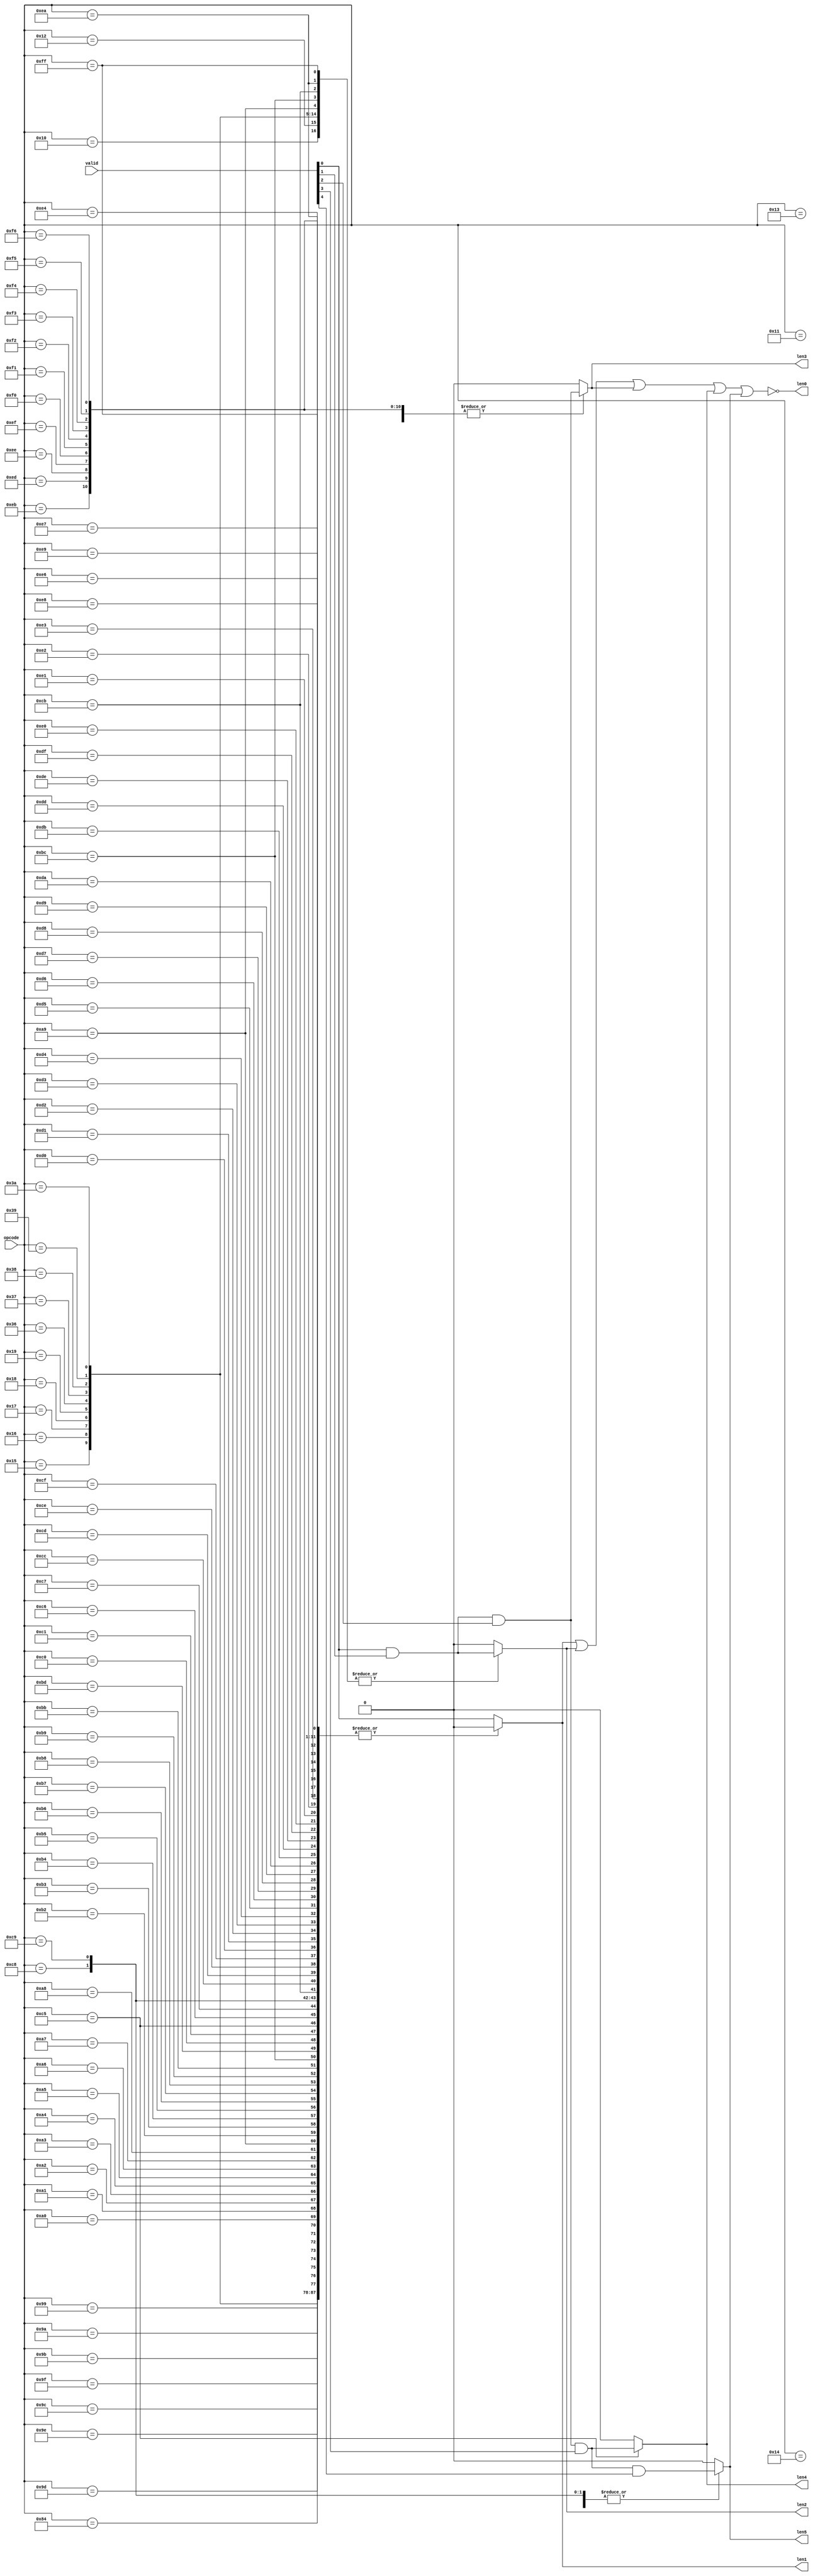
/****************************************************************
 ---------------------------------------------------------------
     Copyright 1999 Sun Microsystems, Inc., 901 San Antonio
     Road, Palo Alto, CA 94303, U.S.A.  All Rights Reserved.
     The contents of this file are subject to the current
     version of the Sun Community Source License, picoJava-II
     Core ("the License").  You may not use this file except
     in compliance with the License.  You may obtain a copy
     of the License by searching for "Sun Community Source
     License" on the World Wide Web at http://www.sun.com.
     See the License for the rights, obligations, and
     limitations governing use of the contents of this file.

     Sun, Sun Microsystems, the Sun logo, and all Sun-based
     trademarks and logos, Java, picoJava, and all Java-based
     trademarks and logos are trademarks or registered trademarks 
     of Sun Microsystems, Inc. in the United States and other
     countries.
 ----------------------------------------------------------------
******************************************************************/

module ex_len_dec (

opcode,
valid,
len0,
len1,
len2,
len3,
len4,
len5

);

input	[7:0]	opcode;
input	[4:0]	valid;
output		len0;
output		len1;
output		len2;
output		len3;
output		len4;
output		len5;

reg	len1,len2,len3,len4,len5;

always @(opcode or valid) begin

	len1 = 1'b0;
	len2 = 1'b0;
	len3 = 1'b0;
	len4 = 1'b0;
	len5 = 1'b0;

	case(opcode[7:0])

		8'd0:	len1 = valid[0];
		8'd1:	len1 = valid[0];
		8'd2:	len1 = valid[0];
		8'd3:	len1 = valid[0];
		8'd4:	len1 = valid[0];
		8'd5:	len1 = valid[0];
		8'd6:	len1 = valid[0];
		8'd7:	len1 = valid[0];
		8'd8:	len1 = valid[0];
		8'd9:	len1 = valid[0];
		8'd10:	len1 = valid[0];
		8'd11:	len1 = valid[0];
		8'd12:	len1 = valid[0];
		8'd13:	len1 = valid[0];
		8'd14:	len1 = valid[0];
		8'd15:	len1 = valid[0];
		8'd16:	len2 = valid[0] & valid[1];
		8'd17:	len3 = valid[0] & valid[1] & valid[2];
		8'd18:	len2 = valid[0] & valid[1];
		8'd19:	len3 = valid[0] & valid[1] & valid[2];
		8'd20:	len3 = valid[0] & valid[1] & valid[2];
		8'd21:	len2 = valid[0] & valid[1];
		8'd22:	len2 = valid[0] & valid[1];
		8'd23:	len2 = valid[0] & valid[1];
		8'd24:	len2 = valid[0] & valid[1];
		8'd25:	len2 = valid[0] & valid[1];
		8'd26:	len1 = valid[0];
		8'd27:	len1 = valid[0];
		8'd28:	len1 = valid[0];
		8'd29:	len1 = valid[0];
		8'd30:	len1 = valid[0];
		8'd31:	len1 = valid[0];
		8'd32:	len1 = valid[0];
		8'd33:	len1 = valid[0];
		8'd34:	len1 = valid[0];
		8'd35:	len1 = valid[0];
		8'd36:	len1 = valid[0];
		8'd37:	len1 = valid[0];
		8'd38:	len1 = valid[0];
		8'd39:	len1 = valid[0];
		8'd40:	len1 = valid[0];
		8'd41:	len1 = valid[0];
		8'd42:	len1 = valid[0];
		8'd43:	len1 = valid[0];
		8'd44:	len1 = valid[0];
		8'd45:	len1 = valid[0];
		8'd46:	len1 = valid[0];
		8'd47:	len1 = valid[0];
		8'd48:	len1 = valid[0];
		8'd49:	len1 = valid[0];
		8'd50:	len1 = valid[0];
		8'd51:	len1 = valid[0];
		8'd52:	len1 = valid[0];
		8'd53:	len1 = valid[0];
		
		8'd54:	len2 = valid[0] & valid[1];
		8'd55:	len2 = valid[0] & valid[1];
		8'd56:	len2 = valid[0] & valid[1];
		8'd57:	len2 = valid[0] & valid[1];
		8'd58:	len2 = valid[0] & valid[1];
		8'd59:	len1 = valid[0];
		8'd60:	len1 = valid[0];
		8'd61:	len1 = valid[0];
		8'd62:	len1 = valid[0];
		8'd63:	len1 = valid[0];
		8'd64:	len1 = valid[0];
		8'd65:	len1 = valid[0];
		8'd66:	len1 = valid[0];
		8'd67:	len1 = valid[0];
		8'd68:	len1 = valid[0];
		8'd69:	len1 = valid[0];
		8'd70:	len1 = valid[0];
		8'd71:	len1 = valid[0];
		8'd72:	len1 = valid[0];
		8'd73:	len1 = valid[0];
		8'd74:	len1 = valid[0];
		8'd75:	len1 = valid[0];
		8'd76:	len1 = valid[0];
		8'd77:	len1 = valid[0];
		8'd78:	len1 = valid[0];
		8'd79:	len1 = valid[0];
		8'd80:	len1 = valid[0];
		8'd81:	len1 = valid[0];
		8'd82:	len1 = valid[0];
		8'd83:	len1 = valid[0];
		8'd84:	len1 = valid[0];
		8'd85:	len1 = valid[0];
		8'd86:	len1 = valid[0];
		8'd87:	len1 = valid[0];
		8'd88:	len1 = valid[0];
		8'd89:	len1 = valid[0];
		8'd90:	len1 = valid[0];
		8'd91:	len1 = valid[0];
		8'd92:	len1 = valid[0];
		8'd93:	len1 = valid[0];
		8'd94:	len1 = valid[0];
		8'd95:	len1 = valid[0];
		8'd96:	len1 = valid[0];
		8'd97:	len1 = valid[0];
		8'd98:	len1 = valid[0];
		8'd99:	len1 = valid[0];
		8'd100:	len1 = valid[0];
		8'd101:	len1 = valid[0];
		8'd102:	len1 = valid[0];
		8'd103:	len1 = valid[0];
		8'd104:	len1 = valid[0];
		8'd105:	len1 = valid[0];
		8'd106:	len1 = valid[0];
		8'd107:	len1 = valid[0];
		8'd108:	len1 = valid[0];
		8'd109:	len1 = valid[0];
		8'd110:	len1 = valid[0];
		8'd111:	len1 = valid[0];
		8'd112:	len1 = valid[0];
		8'd113:	len1 = valid[0];
		8'd114:	len1 = valid[0];
		8'd115:	len1 = valid[0];
		8'd116:	len1 = valid[0];
		8'd117:	len1 = valid[0];
		8'd118:	len1 = valid[0];
		8'd119:	len1 = valid[0];
		8'd120:	len1 = valid[0];
		8'd121:	len1 = valid[0];
		8'd122:	len1 = valid[0];
		8'd123:	len1 = valid[0];
		8'd124:	len1 = valid[0];
		8'd125:	len1 = valid[0];
		8'd126:	len1 = valid[0];
		8'd127:	len1 = valid[0];
		8'd128:	len1 = valid[0];
		8'd129:	len1 = valid[0];
		8'd130:	len1 = valid[0];
		8'd131:	len1 = valid[0];
		8'd132:	len3 = valid[0] & valid[1] & valid[2];
		8'd133:	len1 = valid[0];
		8'd134:	len1 = valid[0];
		8'd135:	len1 = valid[0];
		8'd136:	len1 = valid[0];
		8'd137:	len1 = valid[0];
		8'd138:	len1 = valid[0];
		8'd139:	len1 = valid[0];
		8'd140:	len1 = valid[0];
		8'd141:	len1 = valid[0];
		8'd142:	len1 = valid[0];
		8'd143:	len1 = valid[0];
		8'd144:	len1 = valid[0];
		8'd145:	len1 = valid[0];
		8'd146:	len1 = valid[0];
		8'd147:	len1 = valid[0];
		8'd148:	len1 = valid[0];
		8'd149:	len1 = valid[0];
		8'd150:	len1 = valid[0];
		8'd151:	len1 = valid[0];
		8'd152:	len1 = valid[0];
		8'd153:	len3 = valid[0] & valid[1] & valid[2];
		8'd154:	len3 = valid[0] & valid[1] & valid[2];
		8'd155:	len3 = valid[0] & valid[1] & valid[2];
		8'd156:	len3 = valid[0] & valid[1] & valid[2];
		8'd157:	len3 = valid[0] & valid[1] & valid[2];
		8'd158:	len3 = valid[0] & valid[1] & valid[2];
		8'd159:	len3 = valid[0] & valid[1] & valid[2];
		8'd160:	len3 = valid[0] & valid[1] & valid[2];
		8'd161:	len3 = valid[0] & valid[1] & valid[2];
		8'd162:	len3 = valid[0] & valid[1] & valid[2];
		8'd163:	len3 = valid[0] & valid[1] & valid[2];
		8'd164:	len3 = valid[0] & valid[1] & valid[2];
		8'd165:	len3 = valid[0] & valid[1] & valid[2];
		8'd166:	len3 = valid[0] & valid[1] & valid[2];
		8'd167:	len3 = valid[0] & valid[1] & valid[2];
		8'd168:	len3 = valid[0] & valid[1] & valid[2];
		8'd169:	len2 = valid[0] & valid[1];
		8'd170:	len1 = valid[0];
		8'd171:	len1 = valid[0];
		8'd172:	len1 = valid[0];
		8'd173:	len1 = valid[0];
		8'd174:	len1 = valid[0];
		8'd175:	len1 = valid[0];
		8'd176:	len1 = valid[0];
		8'd177:	len1 = valid[0];
		8'd178:	len3 = valid[0] & valid[1] & valid[2];
		8'd179:	len3 = valid[0] & valid[1] & valid[2];
		8'd180:	len3 = valid[0] & valid[1] & valid[2];
		8'd181:	len3 = valid[0] & valid[1] & valid[2];
		8'd182:	len3 = valid[0] & valid[1] & valid[2];
		8'd183:	len3 = valid[0] & valid[1] & valid[2];
		8'd184:	len3 = valid[0] & valid[1] & valid[2];
		8'd185:	len5 = valid[0] & valid[1] & valid[2] & valid[3] & valid[4];
		8'd186:	len1 = valid[0]; 
		8'd187:	len3 = valid[0] & valid[1] & valid[2];
		8'd188:	len2 = valid[0] & valid[1];
		8'd189:	len3 = valid[0] & valid[1] & valid[2];
		8'd190:	len1 = valid[0];
		8'd191:	len1 = valid[0];
		8'd192:	len3 = valid[0] & valid[1] & valid[2];
		8'd193:	len3 = valid[0] & valid[1] & valid[2];
		8'd194:	len1 = valid[0];
		8'd195:	len1 = valid[0];
		8'd196:	len1 = valid[0];
		8'd197:	len4 = valid[0] & valid[1] & valid[2] & valid[3];
		8'd198:	len3 = valid[0] & valid[1] & valid[2];
		8'd199:	len3 = valid[0] & valid[1] & valid[2];
		8'd200:	len5 = valid[0] & valid[1] & valid[2] & valid[3] & valid[4];
		8'd201:	len5 = valid[0] & valid[1] & valid[2] & valid[3] & valid[4];
		8'd202:	len1 = valid[0];
		8'd203:	len2 = valid[0] & valid[1];
		8'd204:	len3 = valid[0] & valid[1] & valid[2];
		8'd205:	len3 = valid[0] & valid[1] & valid[2];
		8'd206:	len3 = valid[0] & valid[1] & valid[2];
		8'd207:	len3 = valid[0] & valid[1] & valid[2];
		8'd208:	len3 = valid[0] & valid[1] & valid[2];
		8'd209:	len3 = valid[0] & valid[1] & valid[2];
		8'd210:	len3 = valid[0] & valid[1] & valid[2];
		8'd211:	len3 = valid[0] & valid[1] & valid[2];
		8'd212:	len3 = valid[0] & valid[1] & valid[2];
		8'd213:	len3 = valid[0] & valid[1] & valid[2];
		8'd214:	len3 = valid[0] & valid[1] & valid[2];
		8'd215:	len3 = valid[0] & valid[1] & valid[2];
		8'd216:	len3 = valid[0] & valid[1] & valid[2];
		8'd217:	len3 = valid[0] & valid[1] & valid[2];
		8'd218:	len3 = valid[0] & valid[1] & valid[2];
		8'd219:	len3 = valid[0] & valid[1] & valid[2];
//		8'd220:	len3 = valid[0] & valid[1] & valid[2];
		8'd220:	len1 = valid[0];
		8'd221:	len3 = valid[0] & valid[1] & valid[2];
		8'd222:	len3 = valid[0] & valid[1] & valid[2];
		8'd223:	len3 = valid[0] & valid[1] & valid[2];
		8'd224:	len3 = valid[0] & valid[1] & valid[2];
		8'd225:	len3 = valid[0] & valid[1] & valid[2];
		8'd226:	len3 = valid[0] & valid[1] & valid[2];
		8'd227:	len3 = valid[0] & valid[1] & valid[2];
		8'd228:	len3 = valid[0] & valid[1] & valid[2];
		8'd229:	len1 = valid[0];
		8'd230:	len3 = valid[0] & valid[1] & valid[2];
		8'd231:	len3 = valid[0] & valid[1] & valid[2];
		8'd232:	len3 = valid[0] & valid[1] & valid[2];
		8'd233:	len3 = valid[0] & valid[1] & valid[2];
		8'd234:	len2 = valid[0] & valid[1];
		8'd235:	len3 = valid[0] & valid[1] & valid[2];
		8'd236:	len1 = valid[0];
		8'd237:	len3 = valid[0] & valid[1] & valid[2];
		8'd238:	len3 = valid[0] & valid[1] & valid[2];
		8'd239:	len3 = valid[0] & valid[1] & valid[2];
		8'd240:	len3 = valid[0] & valid[1] & valid[2];
		8'd241:	len3 = valid[0] & valid[1] & valid[2];
		8'd242:	len3 = valid[0] & valid[1] & valid[2];
		8'd243:	len3 = valid[0] & valid[1] & valid[2];
		8'd244:	len3 = valid[0] & valid[1] & valid[2];
		8'd245:	len3 = valid[0] & valid[1] & valid[2];
		8'd246:	len3 = valid[0] & valid[1] & valid[2];
		8'd255:	len2 = valid[0] & valid[1];
		default: len1 = valid[0];
		
	endcase

end

assign	len0 = !(len1 | len2 | len3 | len4 | len5);

endmodule